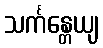
သင်္ကန္တေယျ